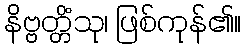
နိဗ္ဗတ္တိံသု၊ ဖြစ်ကုန်၏။